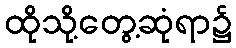
ထိုသို့တွေ့ဆုံရာ၌